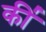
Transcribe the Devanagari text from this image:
की॑